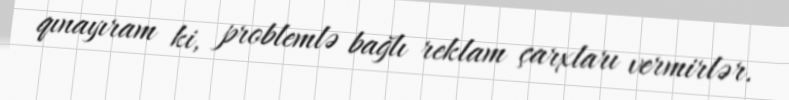
qınayıram ki, problemlə bağlı reklam çarxları vermirlər.